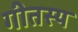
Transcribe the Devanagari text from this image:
गीतस्य